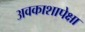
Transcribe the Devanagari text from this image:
अवकाशापेक्षा